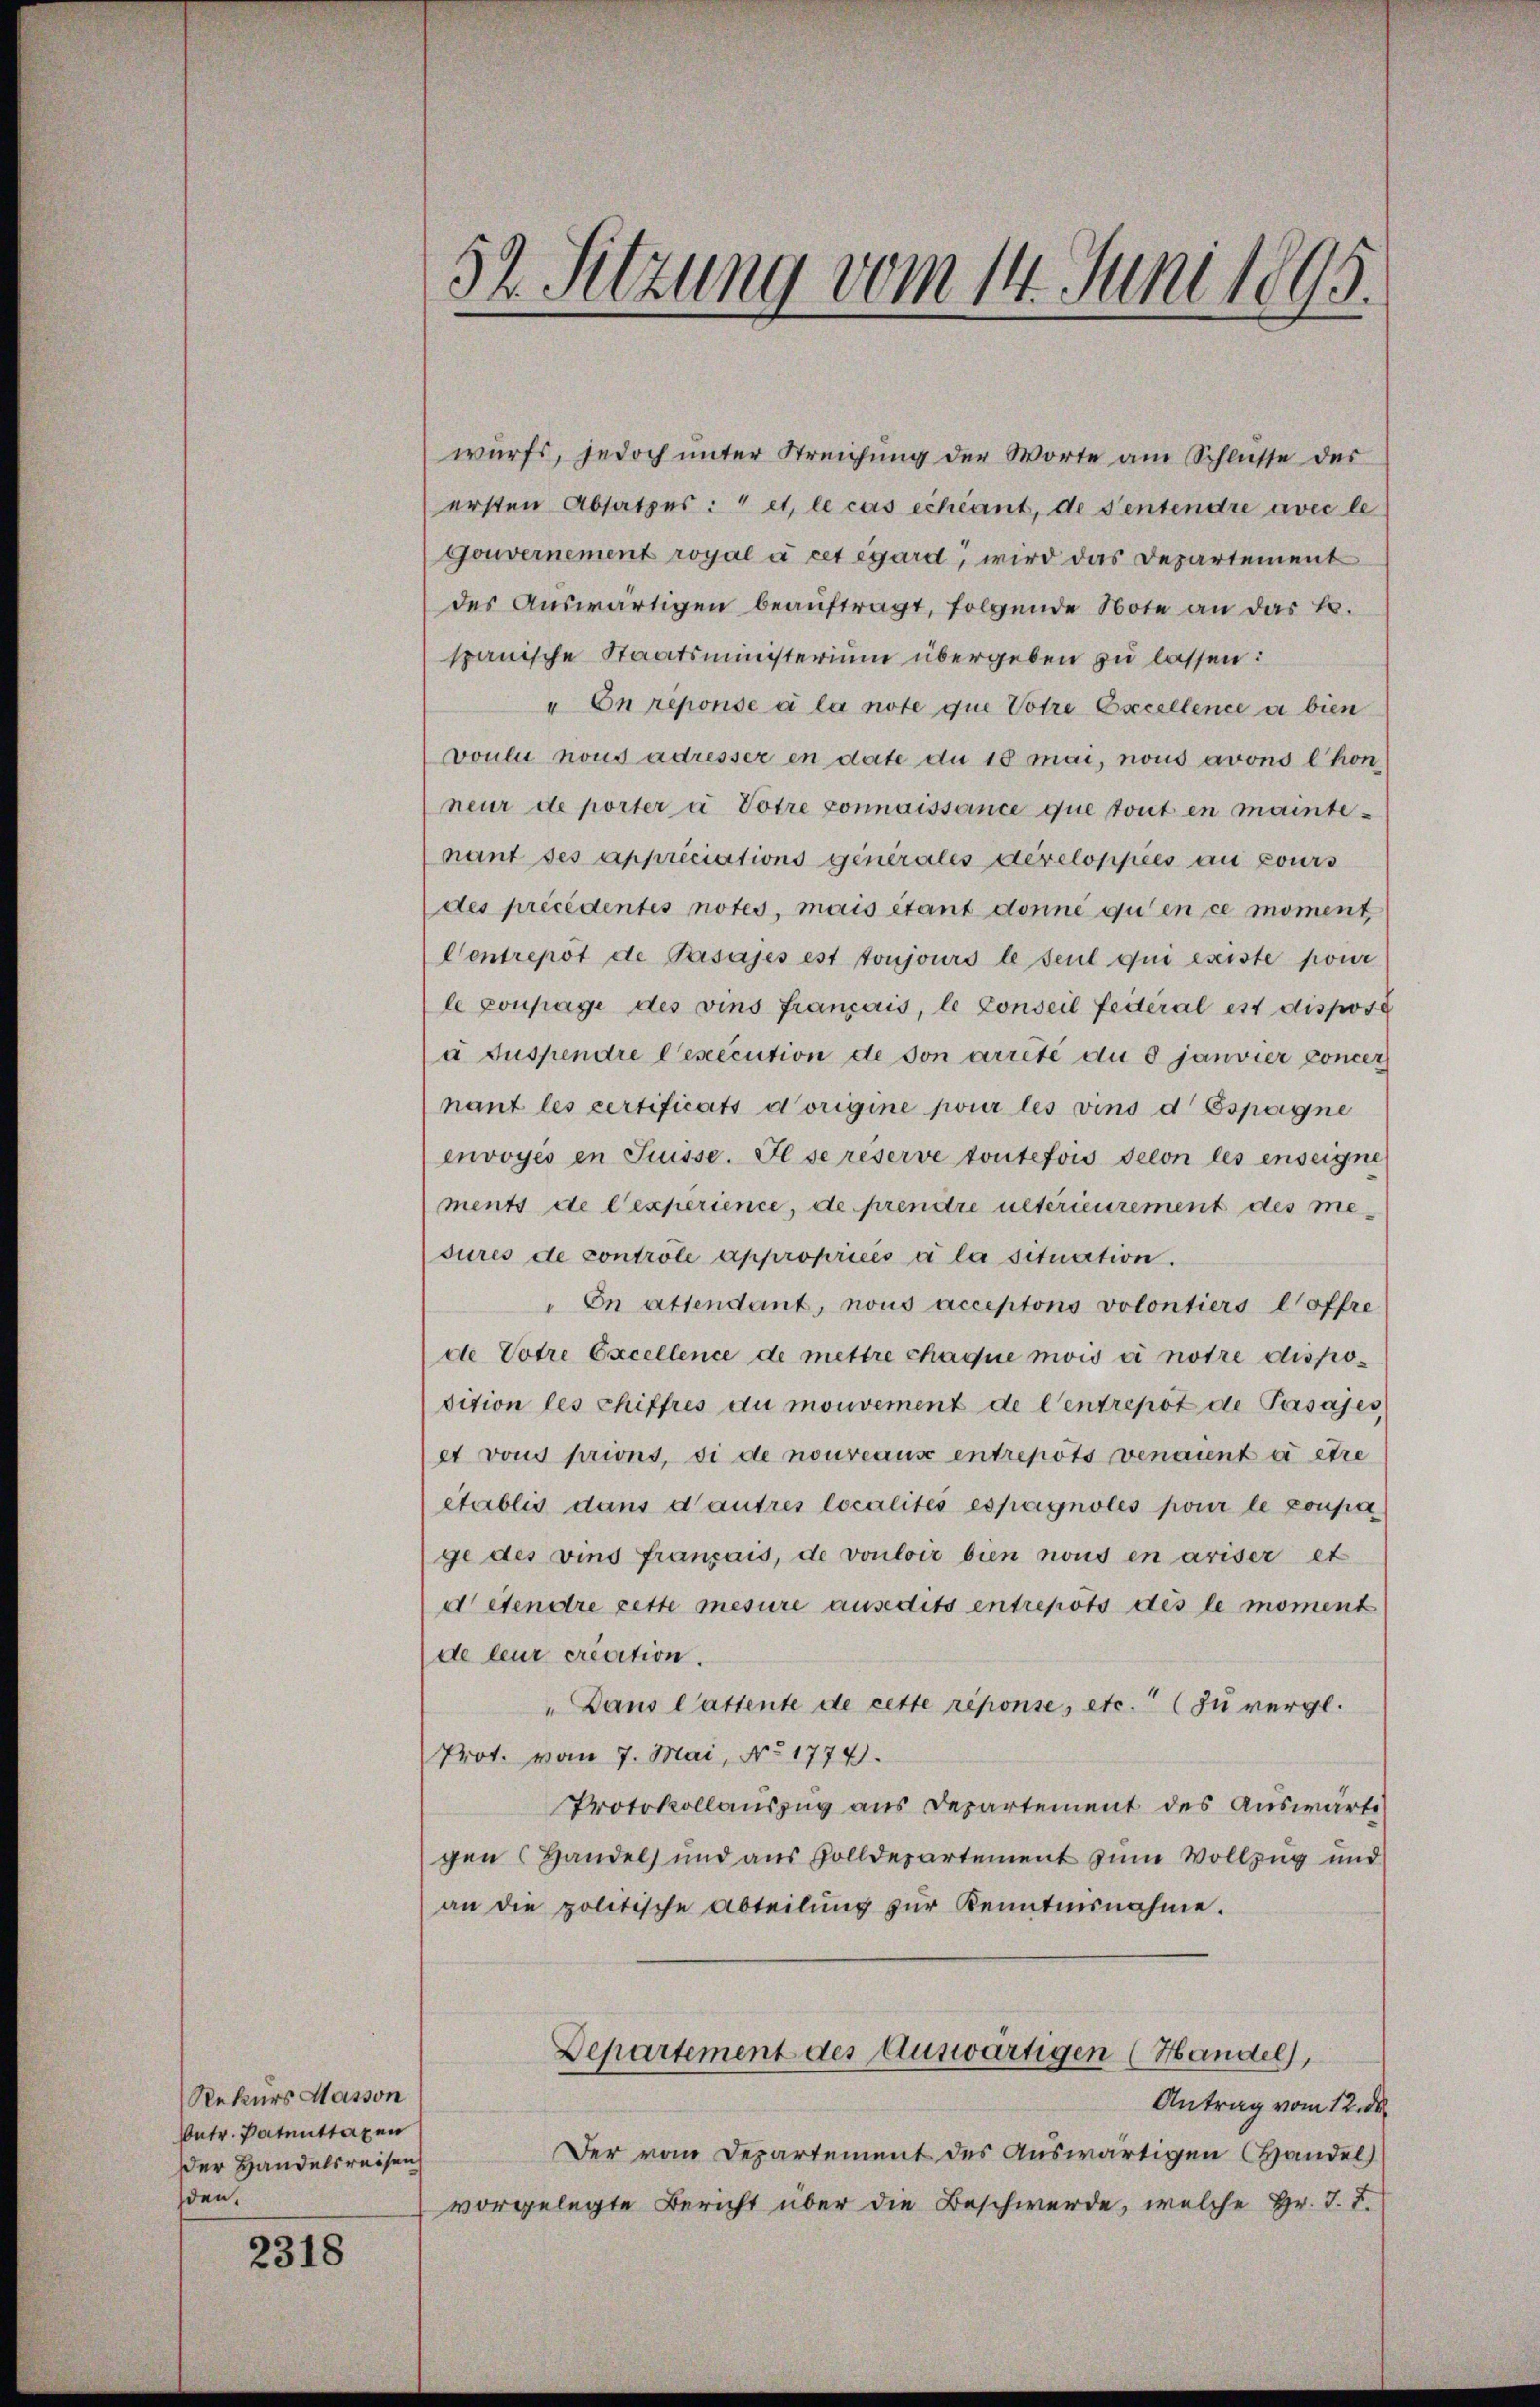
2318

Rekurs Masson
betr. Patenttaxen
Der Handelsreisen
den.

wurfs, jedoch unter Streichŭng der Worte am Schlüsse der
ersten Absatzes: " et, le cas échéant, de Sentendre avec le
Gouvernement royal à cet égard, wird das Departement
des Auswärtigen beaŭftragt, folgende Note an das L.
spanische Staatsministerium übergeben zu lassen:
" On reponse à la note que Votre Excellence a bien
voulu nous adresser en date du 18 mai, nous avons Chon
neur de porter à Votre connaissance que tout en maintenant ses appreciations generales developpées au pours
des précédentes notes, mais étant donne qu’en ce moment,
Centrepot de Pasajés est toujours le seul qui existe pour
le coupagi des vins français, le Conseil feiteral est dispose
a suspendre lexecution de son arreté du 8 janvier concer
nant les certificats vorigine pour les vins d Espagne
envoyés en Suisse. Il se réserve toutefois secon les enseigne
ments de lexperience, de prendre unterieurement des me-
sures de contrôle appropriées à la situation.
On attendant, nous acceptons volontiers l’offre
de Votre Excellence de mettre chaque mois ei notre dispodition les chiffres du mouvement de Centrepot de Pasajes
et vous prions, si de nouveaus entrepots venaient à être
établis dans d’autres localités espagnolés pour le coupa
ge des vins français, de vouloir bien nous en ariser et
detendre cette mesure ausedits entrepots des le moment
de leur credition.
„Dans Cattente de cette réponse, etc. (zu vergl.
Prot. vom 7. Mai, No 1774.
Protokollauszug aus Departement des Auswarte
gen Handels und aus Zolldepartement zum Vollzug und
an die politische Abteilŭng zŭr Kenntnisnahme.
Departement des Auswärtigen (Handel,
Antrag vom 12. de
Der vom Departement des Auswärtigen Handel
vorgelegte Bericht über die Beschwerde, welche Hr. J. F.

52. Sitzung vom 14. Juni 1895.